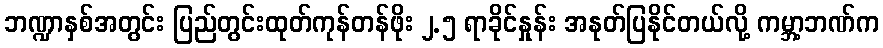
ဘဏ္ဍာနှစ်အတွင်း ပြည်တွင်းထုတ်ကုန်တန်ဖိုး ၂.၅ ရာခိုင်နှုန်း အနုတ်ပြနိုင်တယ်လို့ ကမ္ဘာ့ဘဏ်က